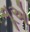
વૂએ